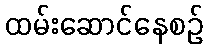
ထမ်းဆောင်နေစဉ်